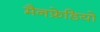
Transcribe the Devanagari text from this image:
मैनफ्रेडियो